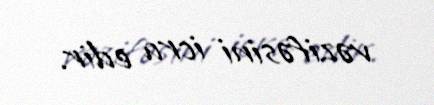
vəzifəsini icra edir.